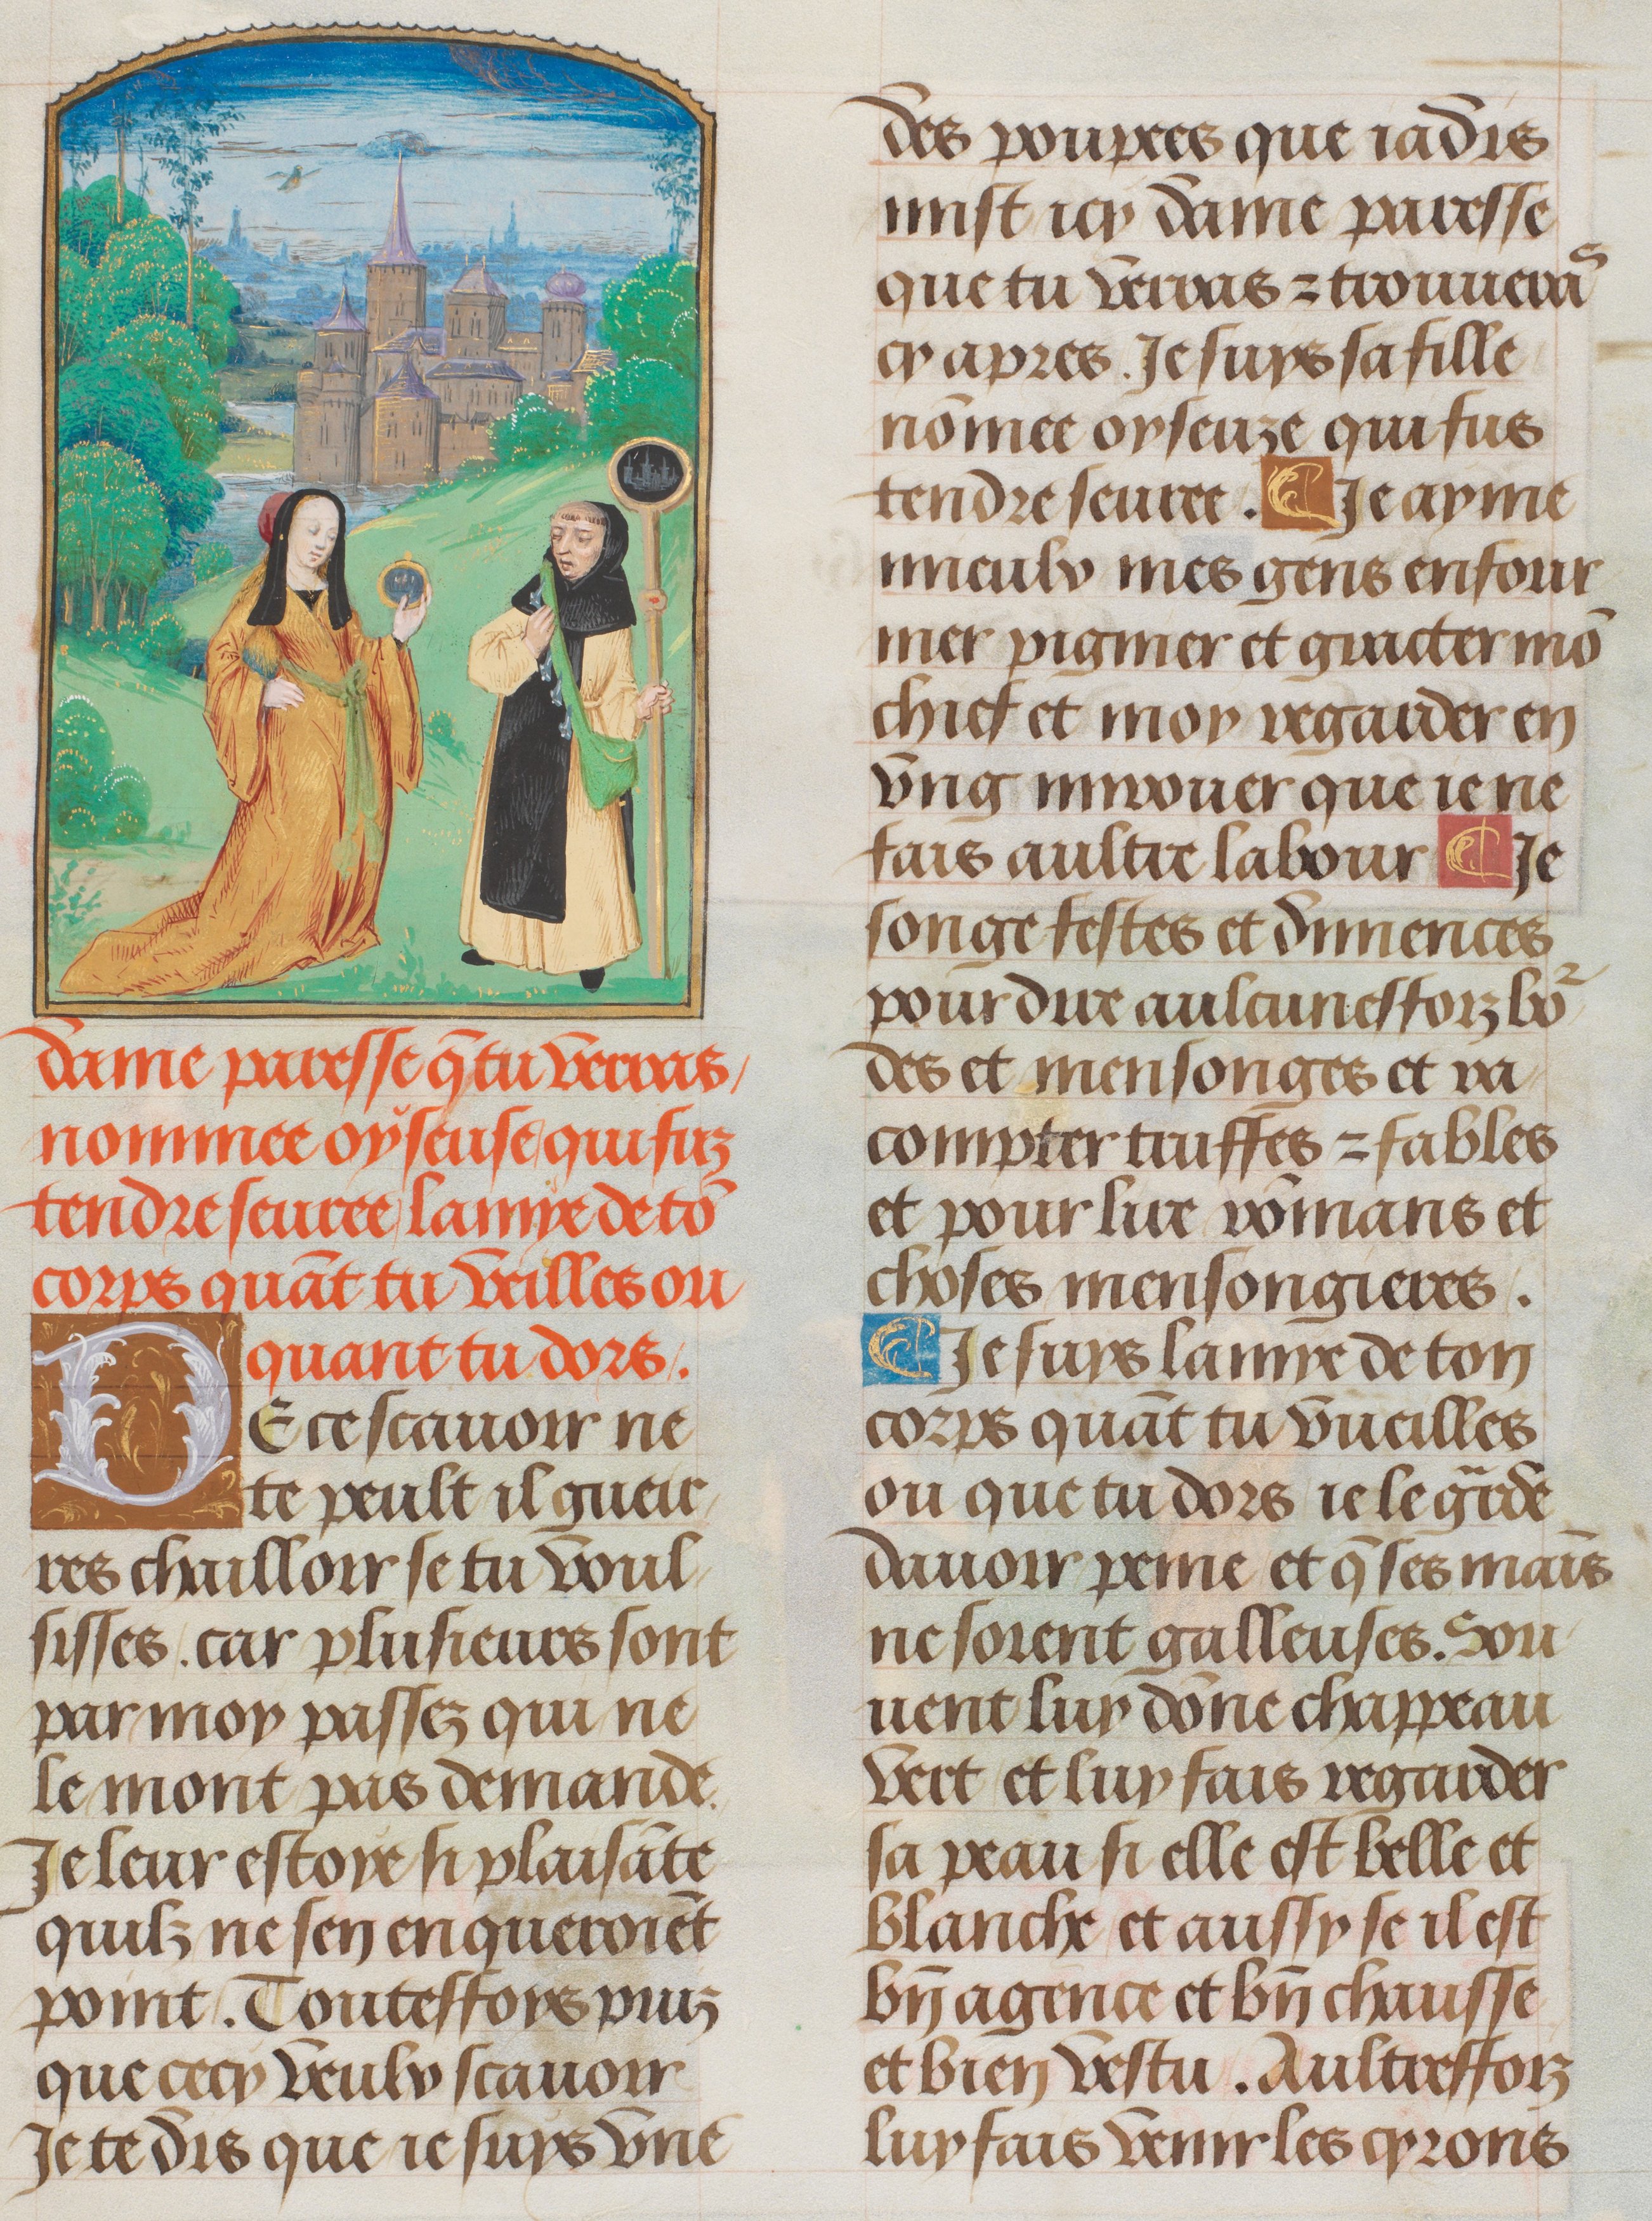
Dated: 1470–1530